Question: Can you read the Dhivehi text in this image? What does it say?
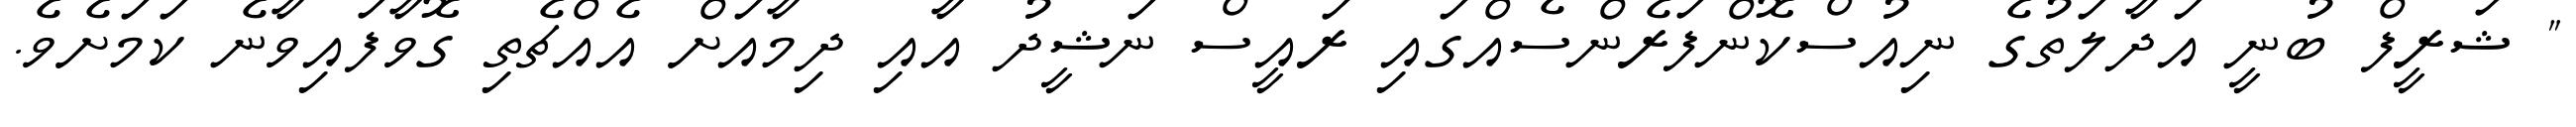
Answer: " ޝަރީފް ބުނީ އަދާލަތުގެ ނިއުސްކޮންފަރެންސެއްގައި ރައީސް ނަޝީދު އާއި ދިމާއަށް އެއްޗެތި ގޮވާފައިވާނެ ކަމަށެވެ.